Vaccination in Bombay 1924-1928 - 1924-1928
Year: 1924
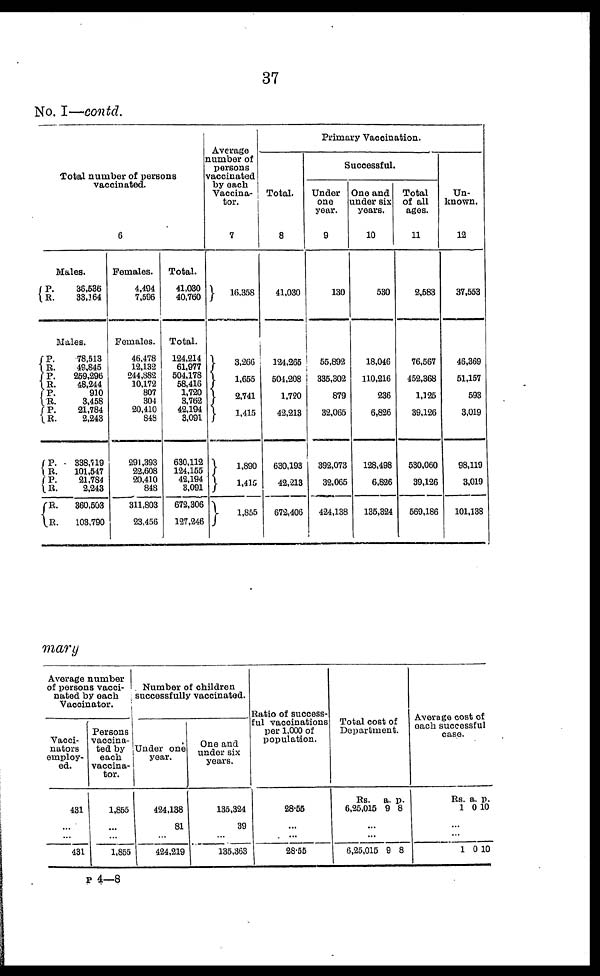
37
No. I—contd.
Total number of persons
vaccinated.
6
Males.
P.
R.
36,536
33,164
Males.
P.
R.
P.
R.
P.
R.
P.
R.
P.
R.
P.
R.
R.
R.
78,513
49,845
259,296
48,244
910
3,458
21,784
2,243
338,719
101,547
21,784
2,243
360,503
103,790
Females.
4,494
7,596
Females.
46,478
12,132
244,882
10,172
807
304
20,410
848
291,393
22,608
20,410
848
311,803
23,456
Total.
41,030
40,760
Total.
124,214
61,977
504,178
58,416
1,720
3,762
42,194
3,091
630,112
124,155
42,194
3,091
672,306
127,246
Average
number of
persons
vaccinated
by each
Vaccina¬
tor.
7
16,358
3,266
1,655
2,741
1,415
1,890
1,415
1,855
Primary Vaccination.
Total.
8
41,030
124,265
504,208
1,720
42,213
630,193
42,213
672,406
Successful.
Under
one
year.
9
130
55,892
335,302
879
32,065
392,073
32,065
424,138
One and
under six
years.
10
530
18,046
110,216
236
6,826
128,498
6,826
135,324
Total
of all
ages.
11
2,583
76,567
452,368
1,125
39,126
530,060
39,126
569,186
Un-
known.
12
37,553
46,369
51,157
593
3,019
98,119
3,019
101,138
mary
Average number
of persons vacci¬
nated by each
Vaccinator.
Vacci¬
nators
employ-
ed.
431
...
...
431
Persons
vaccina-
ted by
each
vaccina-
tor.
1,855
...
...
1,855
Number of children
successfully vaccinated.
Under one
year.
424,138
81
...
424,219
One and
under six
years.
135,324
39
...
135,363
Ratio of success-
ful vaccinations
per 1,000 of
population.
28.55
...
...
28.55
Total cost of
Department.
Rs.
6,25,015
a.
9
p.
8
...
...
6,25,015 9 8
Average cost of
each successful
case.
Rs.
1
a.
0
p.
10
...
...
1 0 10
P 4—8